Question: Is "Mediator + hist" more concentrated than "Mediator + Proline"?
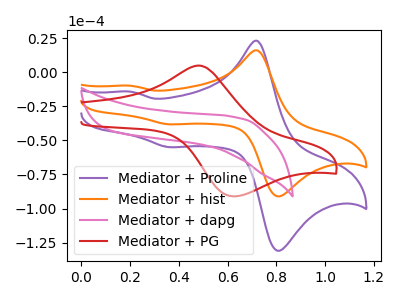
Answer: <think>The purple curve "Mediator + Proline" has anodic peaks at (0.70V, 22.90uA) (0.20V, -14.30uA) and cathodic peaks at (0.80V, -130.00uA) (0.35V, -55.00uA). The orange curve "Mediator + hist" has anodic peaks at (0.70V, 15.95uA) (0.20V, -9.95uA) and cathodic peaks at (0.80V, -90.40uA) (0.35V, -38.25uA). The pink curve "Mediator + dapg" has no peaks. The red curve "Mediator + PG" has an anodic peak at (0.50V, 4.80uA) and a cathodic peak at (0.65V, -91.00uA).
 All the peaks in "Mediator + hist" have a peak in "Mediator + Proline" at the same potential.</think>
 <answer>I cant tell if "Mediator + hist" or "Mediator + Proline" has higher concentration.</answer>
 <eval>mixed_concentration</eval>